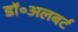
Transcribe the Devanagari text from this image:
डॉ॰अलबर्ट